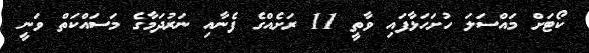
ކޯޓަށް މައްސަލަ ހުށަހަޅާފައި ވާތީ 11 ރަށެއްގެ ފެނާއި ނަރުދަމާގެ މަސައްކަތް ވަނީ